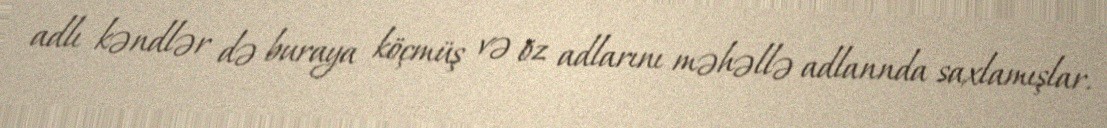
adlı kəndlər də buraya köçmüş və öz adlarını məhəllə adlannda saxlamışlar.